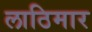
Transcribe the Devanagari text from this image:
लाठिमार